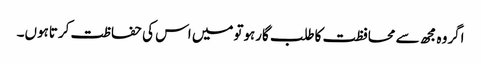
اگروہ مجھ سے محافظت کاطلب گارہوتومیں اس کی حفاظت کرتاہوں۔